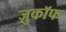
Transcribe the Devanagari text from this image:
ज़ुकाॅफ